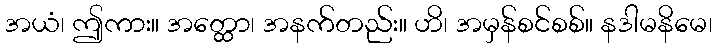
အယံ၊ ဤကား။ အတ္ထော၊ အနက်တည်း။ ဟိ၊ အမှန်စင်စစ်။ နဒါမနိမေ၊